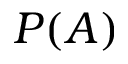
P ( A )